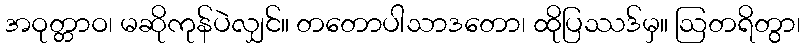
အဝုတ္တာဝ၊ မဆိုကုန်ပဲလျှင်။ တတောပါသာဒတော၊ ထိုပြဿဒ်မှ။ ဩတရိတွာ၊